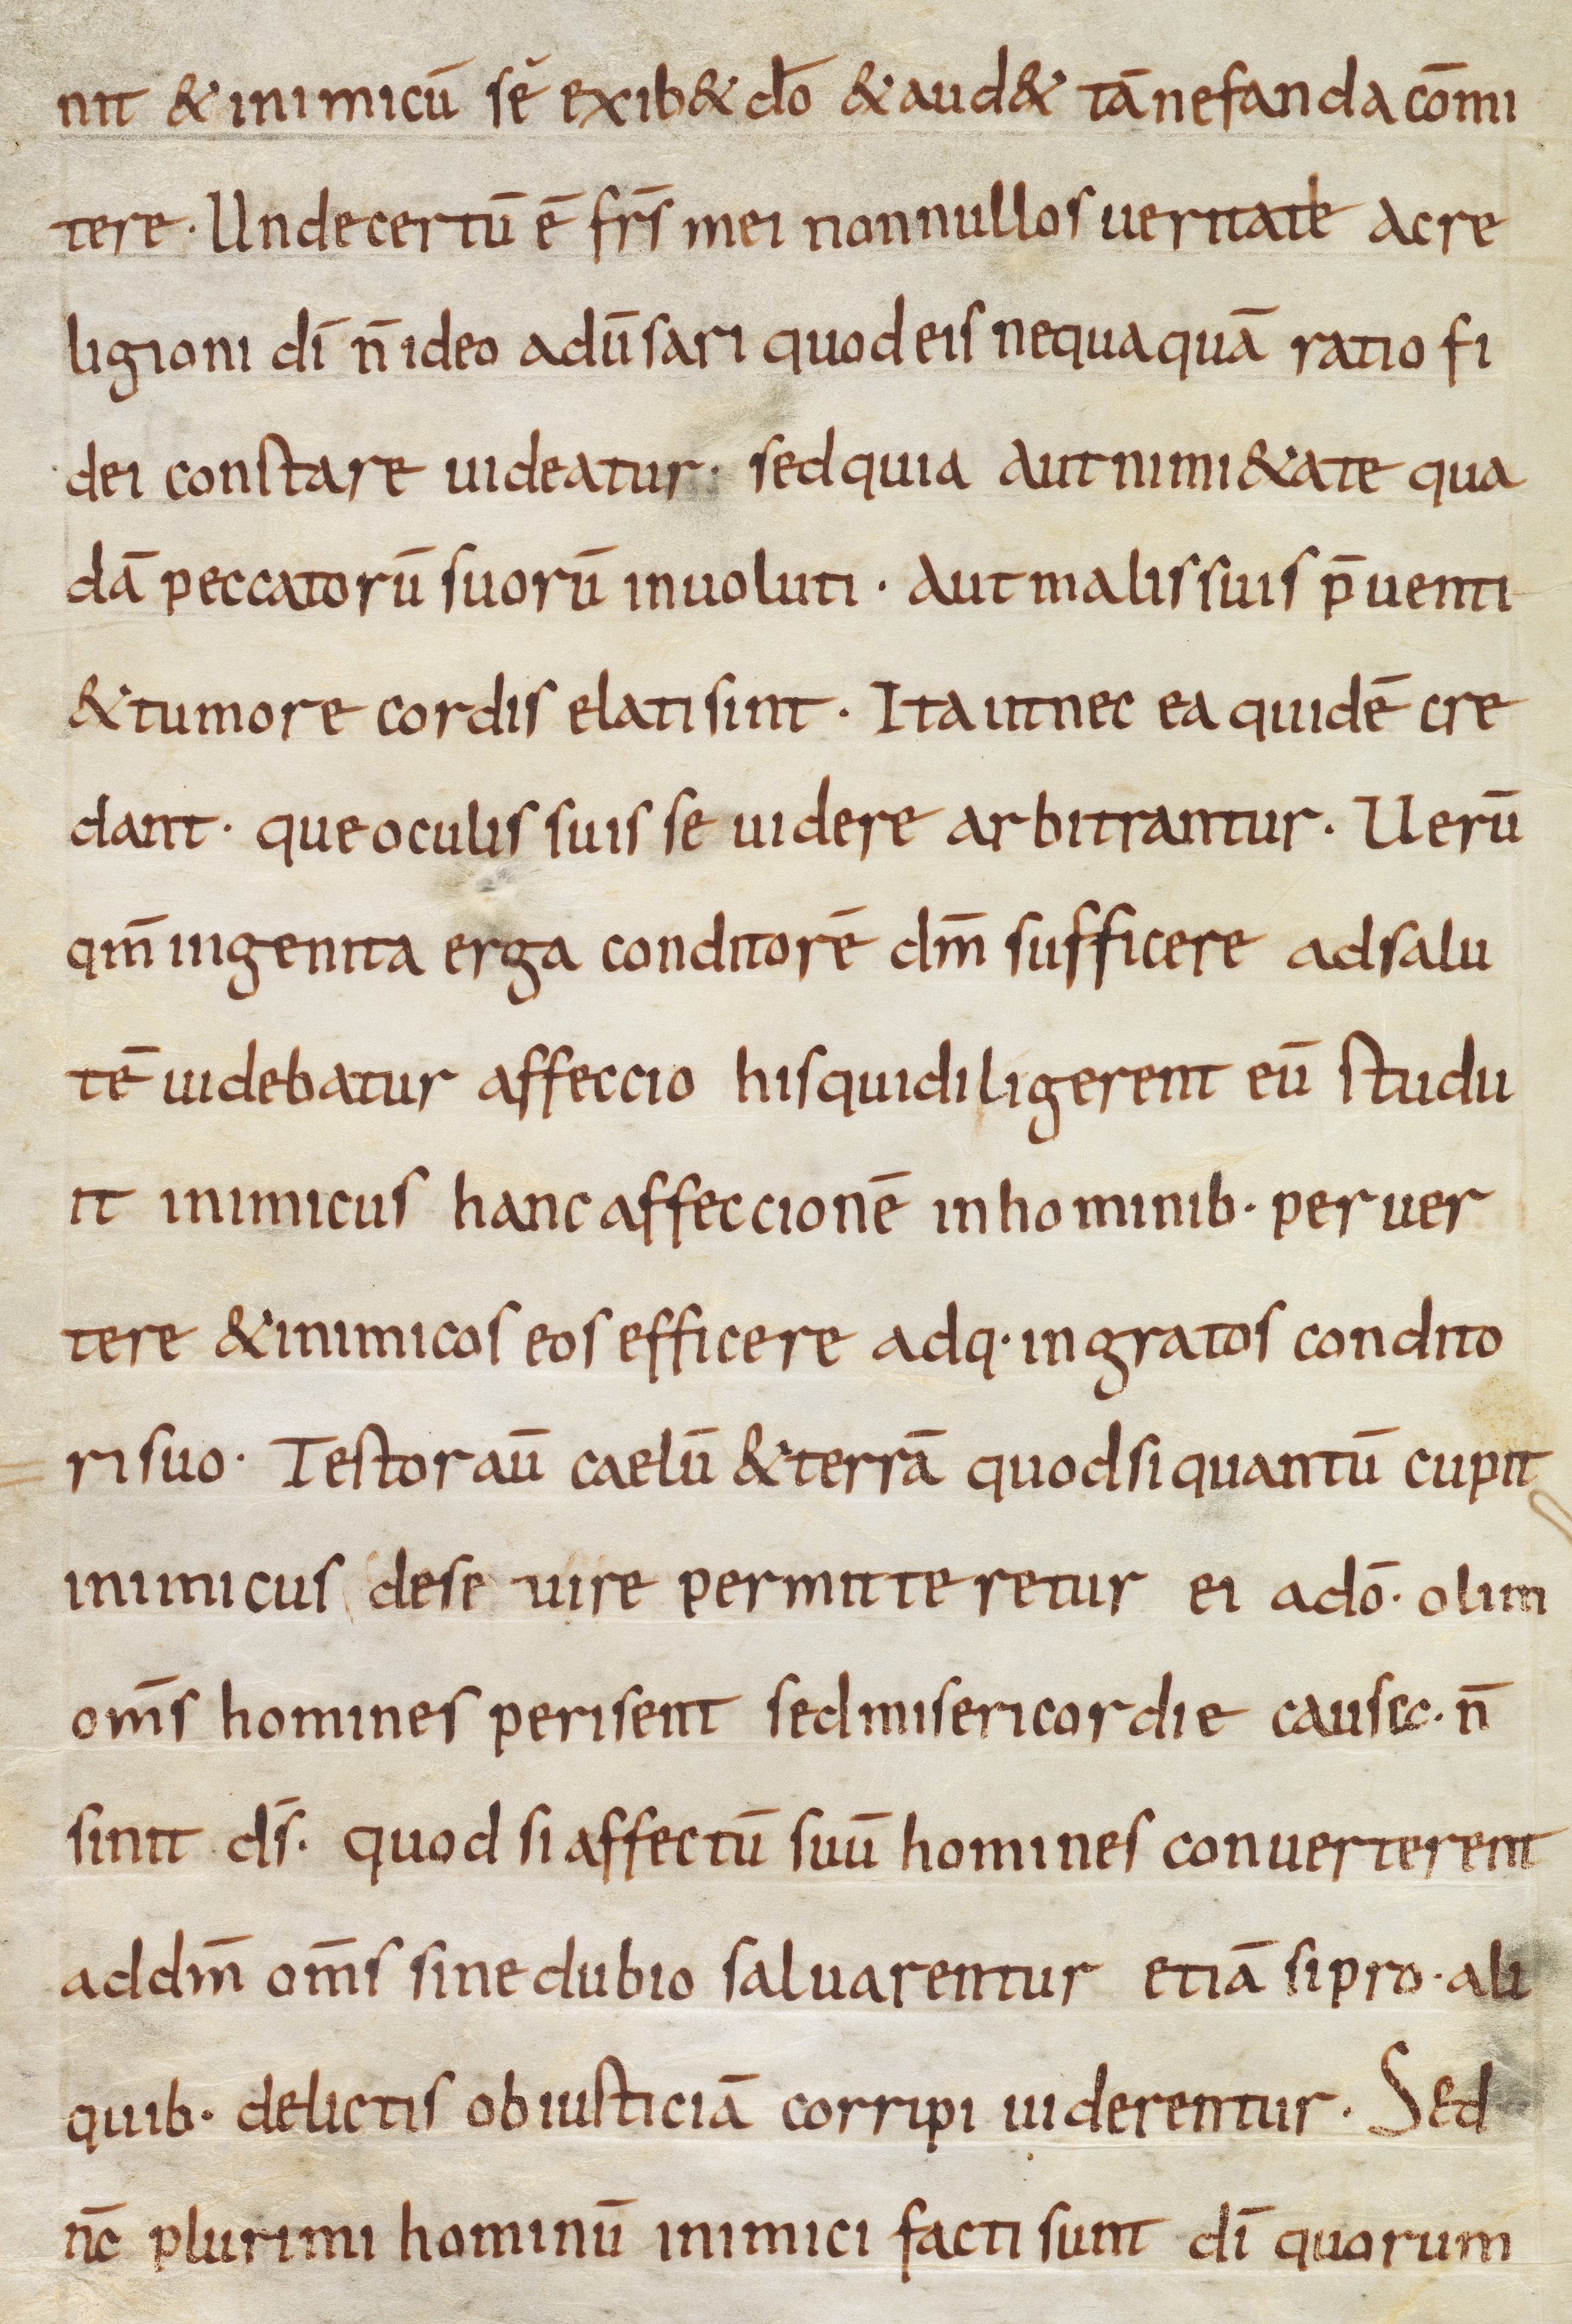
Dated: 835–865